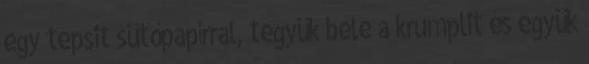
egy tepsit sütőpapírral, tegyük bele a krumplit és együk